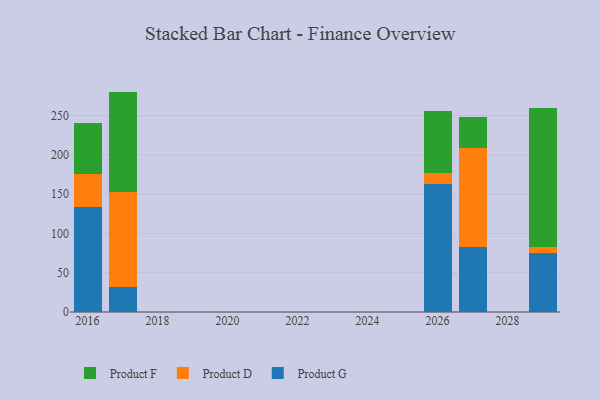
{"axis": {"x": "Year", "y": "Revenue (USD Million)"}, "legend": ["Product D", "Product F", "Product G"], "data": [{"x": "2017", "y": 31.8, "type": "Product G"}, {"x": "2017", "y": 120.9, "type": "Product D"}, {"x": "2017", "y": 127.8, "type": "Product F"}, {"x": "2016", "y": 133.4, "type": "Product G"}, {"x": "2016", "y": 42.7, "type": "Product D"}, {"x": "2016", "y": 64.4, "type": "Product F"}, {"x": "2029", "y": 74.8, "type": "Product G"}, {"x": "2029", "y": 7.4, "type": "Product D"}, {"x": "2029", "y": 177.9, "type": "Product F"}, {"x": "2027", "y": 83.1, "type": "Product G"}, {"x": "2027", "y": 125.9, "type": "Product D"}, {"x": "2027", "y": 39.1, "type": "Product F"}, {"x": "2026", "y": 163.5, "type": "Product G"}, {"x": "2026", "y": 12.8, "type": "Product D"}, {"x": "2026", "y": 79.9, "type": "Product F"}]}